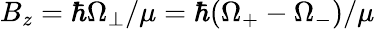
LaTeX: B_{z}=\hbar\Omega_{\perp}/\mu=\hbar(\Omega_{+}-\Omega_{-})/\mu